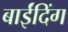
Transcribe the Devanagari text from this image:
बाईंदिंग